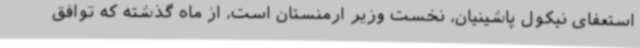
استعفای نیکول پاشینیان، نخست وزیر ارمنستان است، از ماه گذشته که توافق